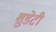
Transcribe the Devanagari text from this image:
शुडेटी